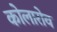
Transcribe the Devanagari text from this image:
कोलारोव